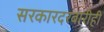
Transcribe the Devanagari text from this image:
सरकारदरबारीही